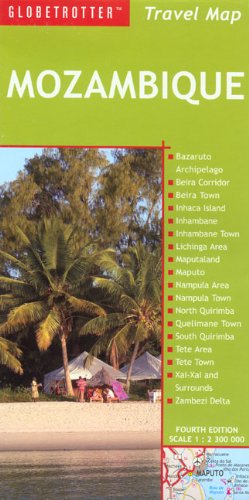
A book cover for Travel Map Mozambique (Globetrotter Travel Map); Globetrotter; Travel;